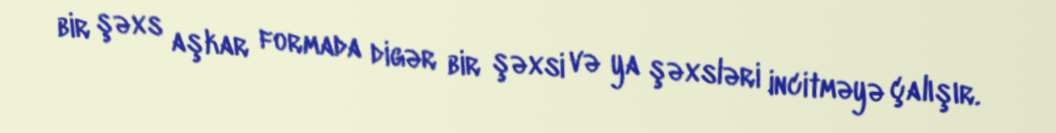
bir şəxs aşkar formada digər bir şəxsi və ya şəxsləri incitməyə çalışır.